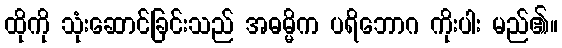
ထိုကို သုံးဆောင်ခြင်းသည် အဓမ္မိက ပရိဘောဂ ကိုးပါး မည်၏။